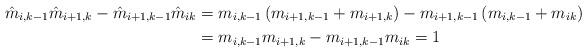
LaTeX: \begin{align*}\hat m_{i,k-1}\hat m_{i+1,k}-\hat m_{i+1,k-1}\hat m_{ik}&=m_{i,k-1}\left(m_{i+1,k-1}+m_{i+1,k}\right) -m_{i+1,k-1}\left(m_{i,k-1}+m_{ik}\right)\\&=m_{i,k-1}m_{i+1,k}-m_{i+1,k-1}m_{ik}=1\end{align*}